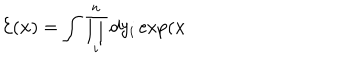
\mathcal { E } ( \mathbf { x } ) = \int \prod _ { i } ^ { n } d y _ { i } \exp ( \mathbf { x }